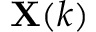
\mathbf { X } ( k )